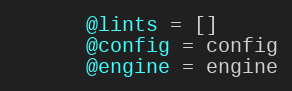
Language: Ruby
      @lints = []
      @config = config
      @engine = engine